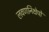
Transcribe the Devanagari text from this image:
लवणनिक्षेपों